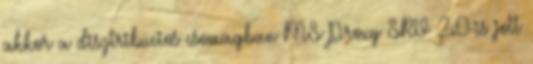
akkor a disztribucios csomagban MS Proxy SRV 2.0-is jott